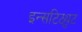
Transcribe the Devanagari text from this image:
इन्सटिठ्युट